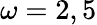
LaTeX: \omega=2,5